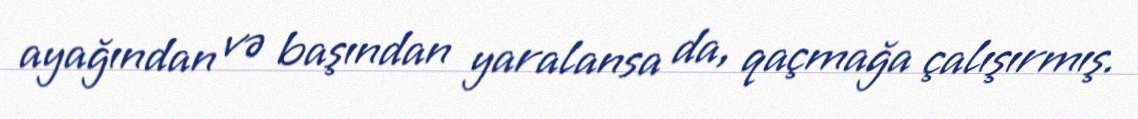
ayağından və başından yaralansa da, qaçmağa çalışırmış.